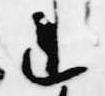
連